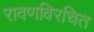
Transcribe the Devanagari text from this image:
रावणविरचित